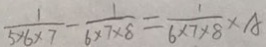
\frac { 1 } { 5 \times 6 \times 7 } - \frac { 1 } { 6 \times 7 \times 8 } = \frac { 1 } { 6 \times 7 \times 8 } \times A